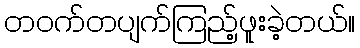
တဝက်တပျက်ကြည့်ဖူးခဲ့တယ်။